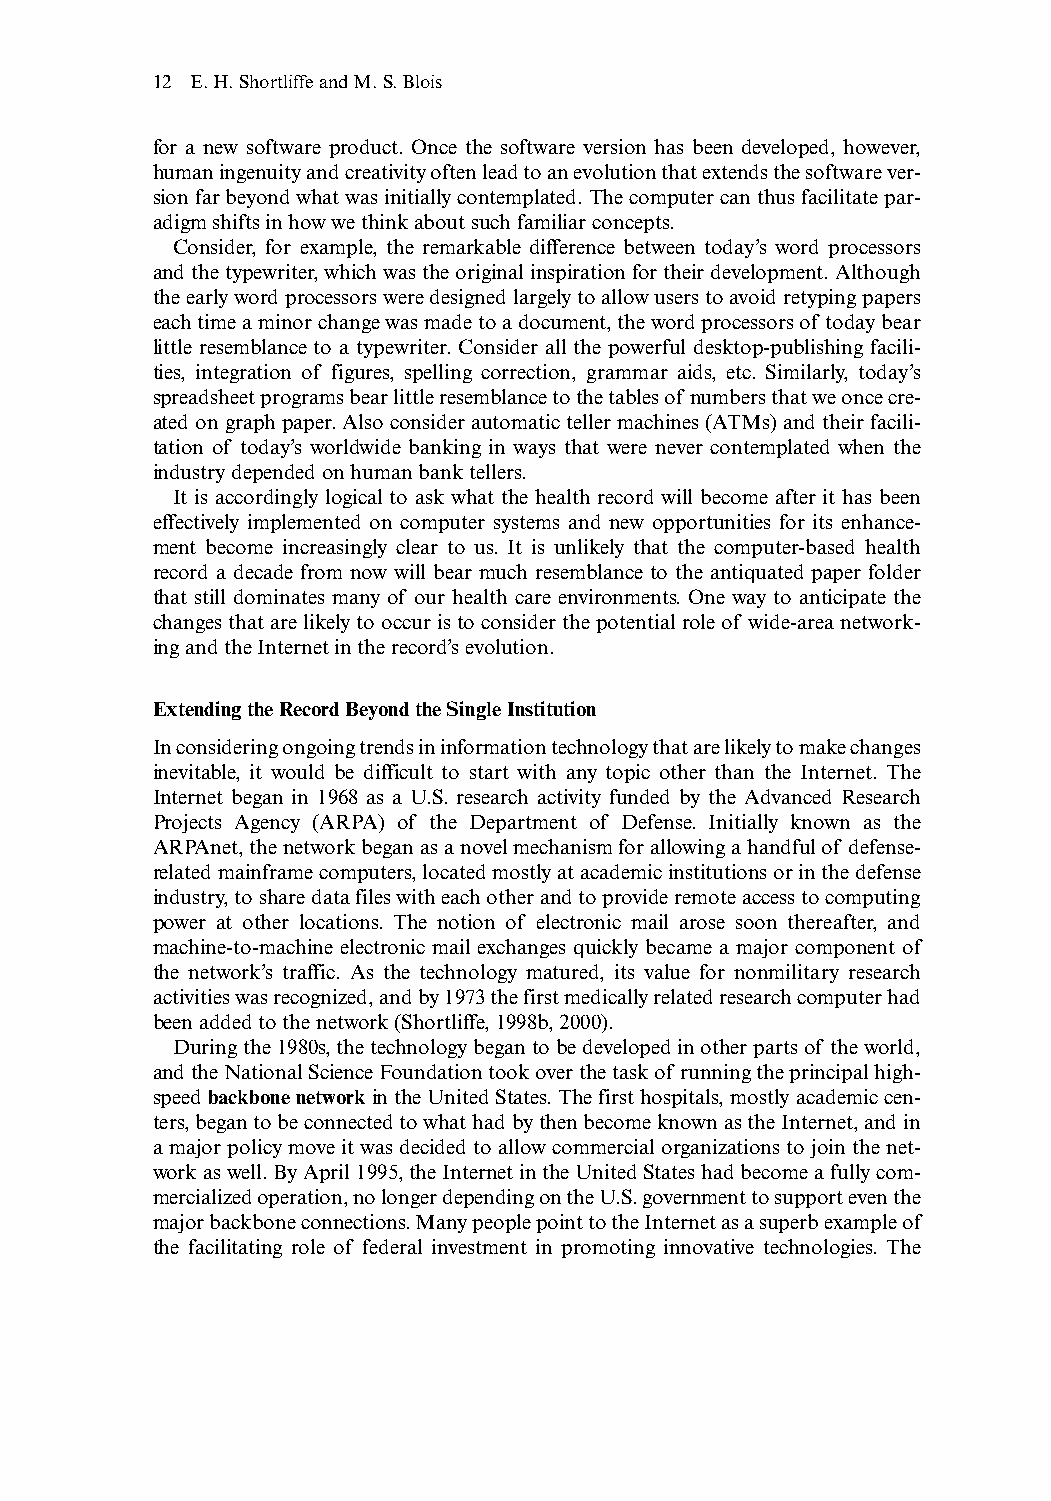
12 E.H.Shortliffe and M.S.Blois
 for a new software product. Once the software version has been developed, however,
 human ingenuity and creativity often lead to an evolution that extends the software ver-
 sion far beyond what was initially contemplated.The computer can thus facilitate par-
 adigm shifts in how we think about such familiar concepts.
 Consider, for example, the remarkable difference between today’s word processors
 and the typewriter,which was the original inspiration for their development.Although
 the early word processors were designed largely to allow users to avoid retyping papers
 each time a minor change was made to a document,the word processors of today bear
 little resemblance to a typewriter. Consider all the powerful desktop-publishing facili-
 ties, integration of figures, spelling correction, grammar aids, etc. Similarly, today’s
 spreadsheet programs bear little resemblance to the tables of numbers that we once cre-
 ated on graph paper.Also consider automatic teller machines (ATMs) and their facili-
 tation of today’s worldwide banking in ways that were never contemplated when the
 industry depended on human bank tellers.
 It is accordingly logical to ask what the health record will become after it has been
 effectively implemented on computer systems and new opportunities for its enhance-
 ment become increasingly clear to us. It is unlikely that the computer-based health
 record a decade from now will bear much resemblance to the antiquated paper folder
 that still dominates many of our health care environments. One way to anticipate the
 changes that are likely to occur is to consider the potential role of wide-area network-
 ing and the Internet in the record’s evolution.
 Extending the Record Beyond the Single Institution
 In considering ongoing trends in information technology that are likely to make changes
 inevitable, it would be difficult to start with any topic other than the Internet. The
 Internet began in 1968 as a U.S. research activity funded by the Advanced Research
 Projects Agency (ARPA) of the Department of Defense. Initially known as the
 ARPAnet,the network began as a novel mechanism for allowing a handful of defense-
 related mainframe computers,located mostly at academic institutions or in the defense
 industry,to share data files with each other and to provide remote access to computing
 power at other locations. The notion of electronic mail arose soon thereafter, and
 machine-to-machine electronic mail exchanges quickly became a major component of
 the network’s traffic. As the technology matured, its value for nonmilitary research
 activities was recognized,and by 1973 the first medically related research computer had
 been added to the network (Shortliffe,1998b,2000).
 During the 1980s,the technology began to be developed in other parts of the world,
 and the National Science Foundation took over the task of running the principal high-
 speedbackbone networkin the United States.The first hospitals,mostly academic cen-
 ters,began to be connected to what had by then become known as the Internet,and in
 a major policy move it was decided to allow commercial organizations to join the net-
 work as well.By April 1995,the Internet in the United States had become a fully com-
 mercialized operation,no longer depending on the U.S.government to support even the
 major backbone connections.Many people point to the Internet as a superb example of
 the facilitating role of federal investment in promoting innovative technologies. The